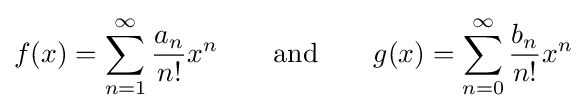
f(x)=\sum _{n=1}^{\infty }{a_{n} \over n!}x^{n}\qquad {\text{and}}\qquad g(x)=\sum _{n=0}^{\infty }{b_{n} \over n!}x^{n}